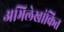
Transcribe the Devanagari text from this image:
अभिलेखांकित